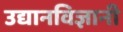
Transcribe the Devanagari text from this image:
उद्यानविज्ञानी